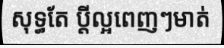
សុទ្ធតែ ប្តីល្អពេញៗមាត់